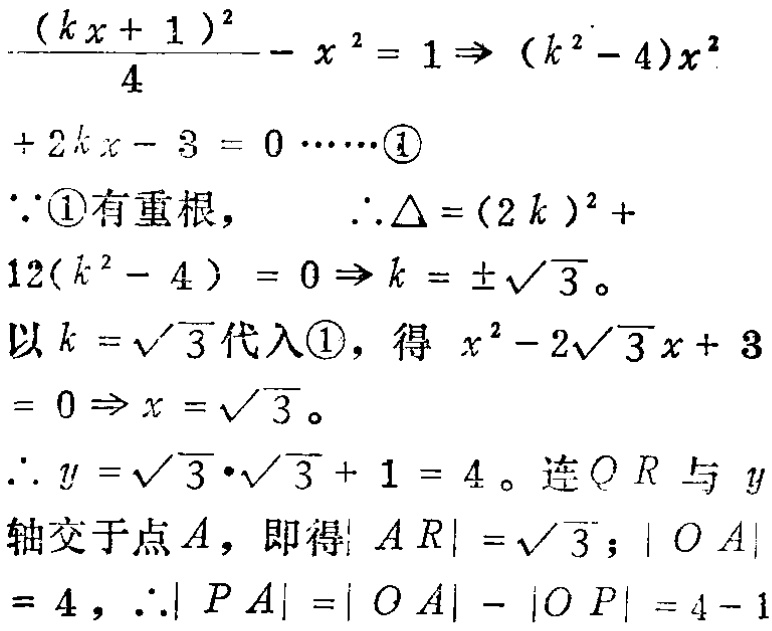
\[\frac{(kx + 1)^2}{4}-x^2 = 1\Rightarrow (k^2 - 4)x^2+2kx - 3 = 0\cdots\cdots\textcircled{1}\]
\[\because\textcircled{1}\text{有重根},\quad\therefore\Delta=(2k)^2 + 12(k^2 - 4)=0\Rightarrow k=\pm\sqrt{3}\]
\[以k = \sqrt{3}代入\textcircled{1}，得x^2 - 2\sqrt{3}x + 3 = 0\Rightarrow x=\sqrt{3}\]
\[\therefore y=\sqrt{3}\cdot\sqrt{3}+1 = 4。连QR与y轴交于点A，即得|AR|=\sqrt{3}；|OA| = 4，\therefore|PA|=|OA|-|OP|=4 - 1\]